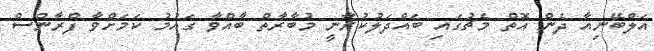
އަލްބޭނިއާ ދެން އޮތް މެޗުގައި ބައްދަލުކުރާނީ މުބާރާތް ބާއްވާ ގައުމު ކަމަށްވާ ފްރާންސް